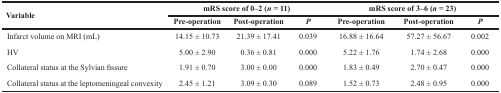
| <ROWSPAN=2> Variable | <COLSPAN=3> mRS score of 0–2 (n = 11) | <COLSPAN=3> mRS score of 3–6 (n = 23) |
 | Pre-operation | Post-operation | P | Pre-operation | Post-operation | P |
 | --- | --- | --- | --- | --- | --- | --- |
 | Infarct volume on MRI (mL) | 14.15 ± 10.73 | 21.39 ± 17.41 | 0.039 | 16.88 ± 16.64 | 57.27 ± 56.67 | 0.002 |
 | HV | 5.00 ± 2.90 | 0.36 ± 0.81 | 0.000 | 5.22 ± 1.76 | 1.74 ± 2.68 | 0.000 |
 | Collateral status at the Sylvian fissure | 1.91 ± 0.70 | 3.00 ± 0.00 | 0.000 | 1.83 ± 0.49 | 2.70 ± 0.47 | 0.000 |
 | Collateral status at the leptomeningeal convexity | 2.45 ± 1.21 | 3.09 ± 0.30 | 0.089 | 1.52 ± 0.73 | 2.48 ± 0.95 | 0.000 |